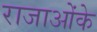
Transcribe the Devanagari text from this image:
राजाओंके